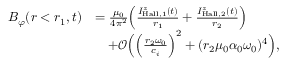
\begin{array} { r l } { B _ { \varphi } ( r < r _ { 1 } , t ) } & { = \frac { \mu _ { 0 } } { 4 \pi ^ { 2 } } \Big ( \frac { I _ { \mathrm { H a l l } , 1 } ^ { z } ( t ) } { r _ { 1 } } + \frac { I _ { \mathrm { H a l l } , 2 } ^ { z } ( t ) } { r _ { 2 } } \Big ) } \\ & { \quad + \mathcal { O } \Big ( \Big ( \frac { r _ { 2 } \omega _ { 0 } } { c _ { i } } \Big ) ^ { 2 } + ( r _ { 2 } \mu _ { 0 } \alpha _ { 0 } \omega _ { 0 } ) ^ { 4 } \Big ) , } \end{array}